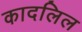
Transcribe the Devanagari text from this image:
कादलिल